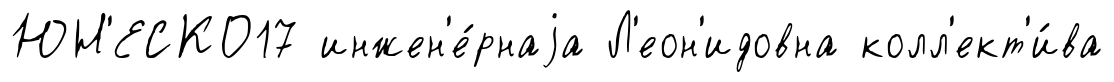
ЮН'ЕСКО17 инжен'е́рнаjа Л'еон'идовна колл'ект'и́ва